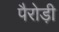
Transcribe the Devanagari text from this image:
पैरोड़ी